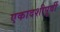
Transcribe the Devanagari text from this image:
एकादशीपूर्वी